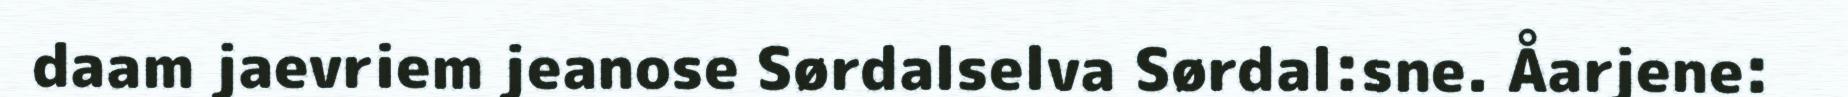
daam jaevriem jeanose Sørdalselva Sørdal:sne. Åarjene: